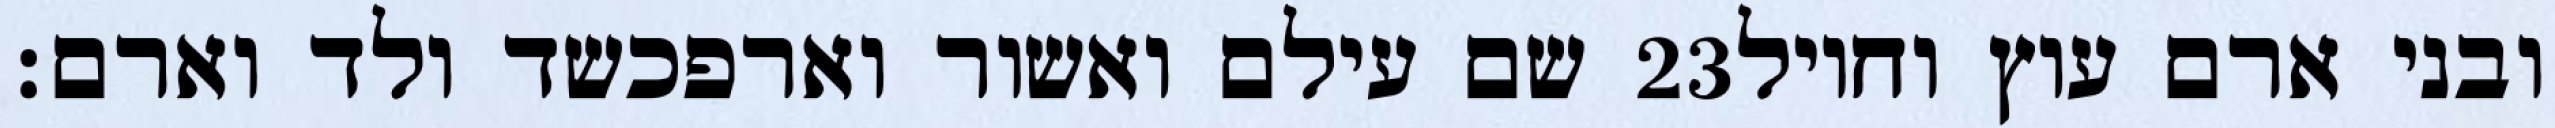
שם עילם ואשור וארפכשד ולד וארם׃ ‎23‏ ובני ארם עוץ וחויל